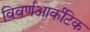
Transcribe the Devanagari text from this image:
विवर्णआर्कटिक